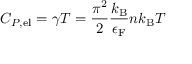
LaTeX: C _ { P , \mathrm { { e l } } } = \gamma T = { \frac { \pi ^ { 2 } } { 2 } } { \frac { k _ { \mathrm { { B } } } } { \epsilon _ { \mathrm { { F } } } } } n k _ { \mathrm { { B } } } T